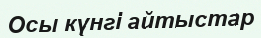
Осы күнгі айтыстар